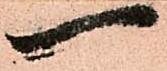
一